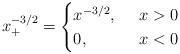
LaTeX: \begin{align*}x_+^{-3/2}=\begin{cases}x^{-3/2},~&x>0\\0,&x<0\end{cases}\end{align*}